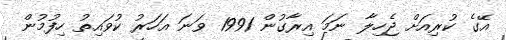
އޭގެ ކުރިއަށް ޖެހިލާ ނަމަ އިރާގުން 1991 ވަނަ އަހަރު ކުވައިތު ހިފުމުން